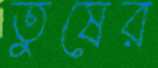
তুষের